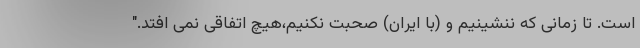
است. تا زمانی که ننشینیم و (با ایران) صحبت نکنیم،هیچ اتفاقی نمی افتد."